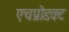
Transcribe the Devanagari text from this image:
एचप्रोडक्ट